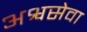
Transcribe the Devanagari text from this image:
अश्वसेवा